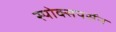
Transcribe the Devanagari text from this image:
स्पोक्सपर्सन